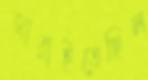
জারাইতেছিল